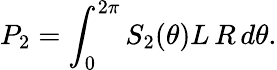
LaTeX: P_{2}=\int_{0}^{2\pi}S_{2}(\theta)L\, R\, d\theta.